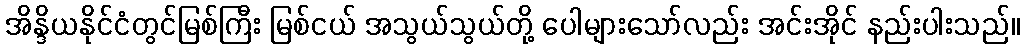
အိန္ဒိယနိုင်ငံတွင်မြစ်ကြီး မြစ်ငယ် အသွယ်သွယ်တို့ ပေါများသော်လည်း အင်းအိုင် နည်းပါးသည်။